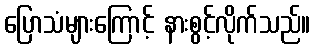
ပြောသံများကြောင့် နားစွင့်လိုက်သည်။